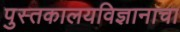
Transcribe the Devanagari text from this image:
पुस्तकालयविज्ञानाचा